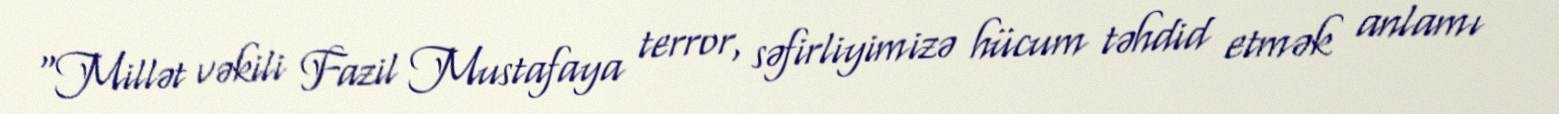
“Millət vəkili Fazil Mustafaya terror, səfirliyimizə hücum təhdid etmək anlamı